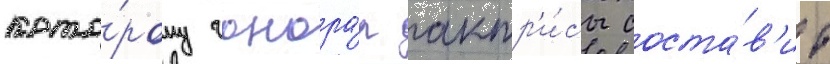
кото́рому гонора́р актр'и́сы соста́в'ит